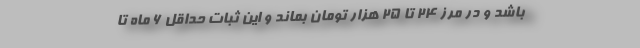
باشد و در مرز 24 تا 25 هزار تومان بماند و این ثبات حداقل 6 ماه تا